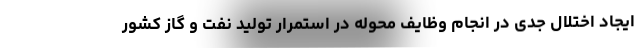
ایجاد اختلال جدی در انجام وظایف محوله در استمرار تولید نفت و گاز کشور